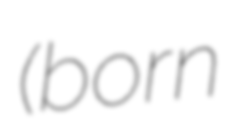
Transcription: (born